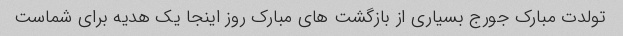
تولدت مبارک جورج بسیاری از بازگشت های مبارک روز اینجا یک هدیه برای شماست